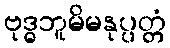
ဗုဒ္ဓဘူမိမနုပ္ပတ္တံ